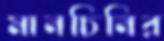
মানচিনির